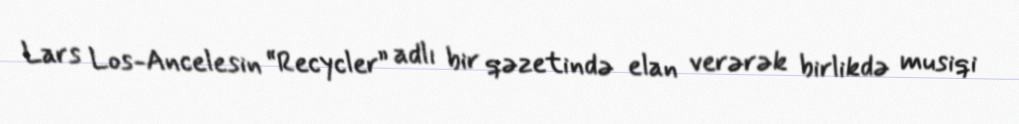
Lars Los-Ancelesin “Recycler” adlı bir qəzetində elan verərək birlikdə musiqi